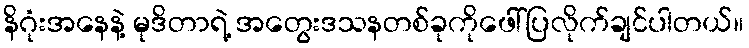
နိဂုံးအနေနဲ့ မုဒိတာရဲ့ အတွေးဒသနတစ်ခုကိုဖေါ်ပြလိုက်ချင်ပါတယ်။